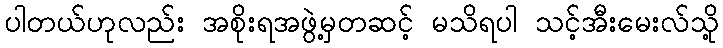
ပါတယ်ဟုလည်း အစိုးရအဖွဲ့မှတဆင့် မသိရပါ သင့်အီးမေးလ်သို့